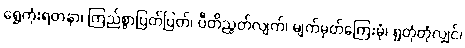
ရွှေကုံးရတနာ၊ ကြည်စွာပြတ်ပြတ်၊ ပီတိညွတ်လျက်၊ မျက်မှတ်ကြေးမုံ၊ ရှုတုံတုံလျှင်၊